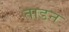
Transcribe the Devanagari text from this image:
ताडन